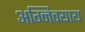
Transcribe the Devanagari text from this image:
अग्निवयाय